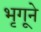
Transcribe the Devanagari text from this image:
भृगूने